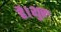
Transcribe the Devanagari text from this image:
है।शुरु